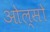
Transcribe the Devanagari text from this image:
ओल्सो